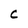
Character: C